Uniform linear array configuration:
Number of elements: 16
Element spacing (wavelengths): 1
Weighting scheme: hann
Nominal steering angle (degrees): -15
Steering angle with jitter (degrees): -13.318
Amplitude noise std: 0.05
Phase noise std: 0.05

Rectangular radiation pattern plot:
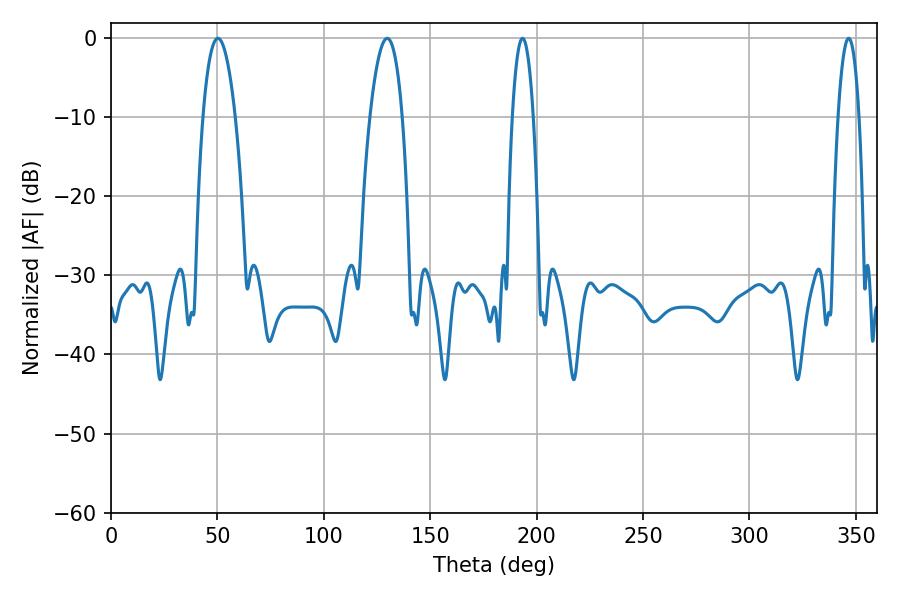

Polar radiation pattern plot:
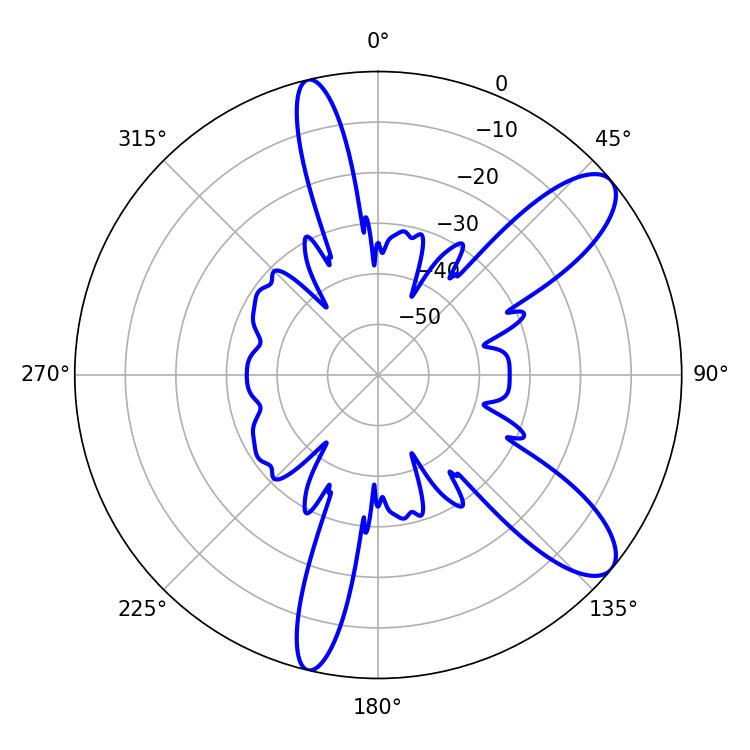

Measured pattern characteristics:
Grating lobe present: TRUE
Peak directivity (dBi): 10.11
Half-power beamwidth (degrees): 8.28
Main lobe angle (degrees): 50.22